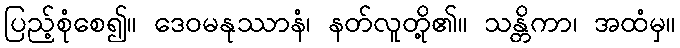
ပြည့်စုံစေ၍။ ဒေဝမနုဿာနံ၊ နတ်လူတို့၏။ သန္တိကာ၊ အထံမှ။